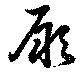
厥